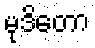
မုဒိတော